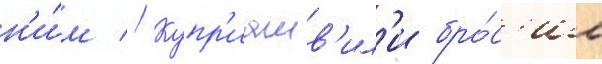
н'и́м // Купр'иашв'ил'и бро́с'ил